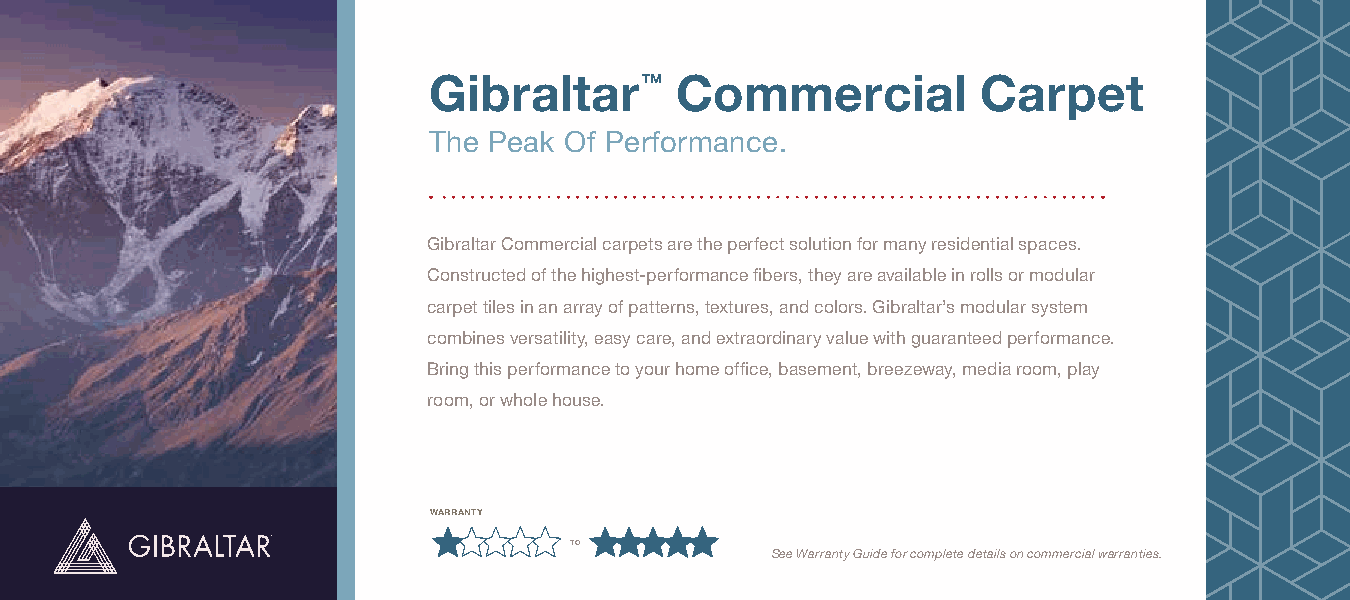
Gibraltar     ™  Commercial          Carpet
 The Peak Of Performance.
 Gibraltar Commercial carpets are the perfect solution for many residential spaces.
 Constructed of the highest-performance fibers, they are available in rolls or modular
 carpet tiles in an array of patterns, textures, and colors. Gibraltar’s modular system
 combines versatility, easy care, and extraordinary value with guaranteed performance.
 Bring this performance to your home office, basement, breezeway, media room, play
 room, or whole house.
 warranty
 to
 See Warranty Guide for complete details on commercial warranties.